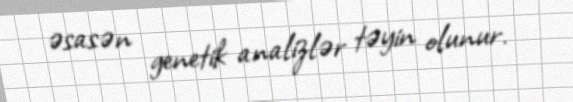
əsasən genetik analizlər təyin olunur.